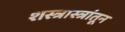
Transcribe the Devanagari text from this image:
शस्त्रास्त्रांतून